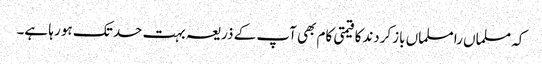
کہ مسلماں را مسلماں بازکردندکا قیمتی کام بھی آپ کے ذریعہ بہت حد تک ہو رہا ہے۔